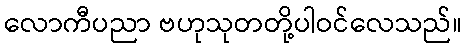
လောကီပညာ ဗဟုသုတတို့ပါဝင်လေသည်။